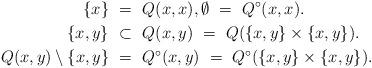
LaTeX: \begin{align*} \{ x \} \ = \ \ &Q(x,x), \emptyset \ = \ Q^{\circ}(x,x). \\ \{ x, y \} \ \subset \ \ &Q(x,y) \ = \ Q(\{ x,y \} \times \{ x,y \}). \\ Q(x,y) \setminus \{ x,y \} \ = \ \ &Q^{\circ}(x,y) \ = \ Q^{\circ}(\{ x,y \} \times \{ x,y \}). \end{align*}